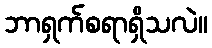
ဘာရှက်စရာရှိသလဲ။